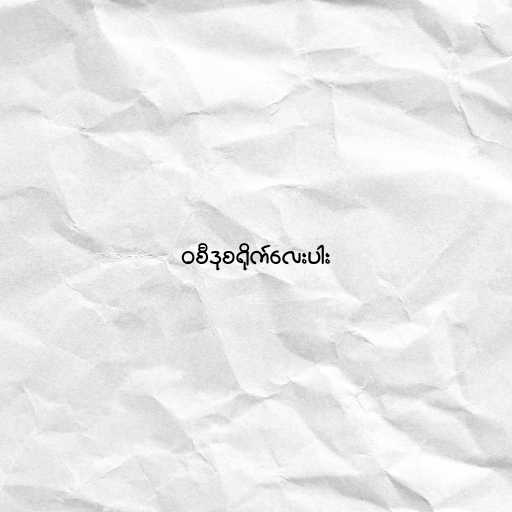
၀စီဒုစရိုက်လေးပါး